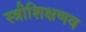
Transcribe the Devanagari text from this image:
स्त्रीशिक्षणव